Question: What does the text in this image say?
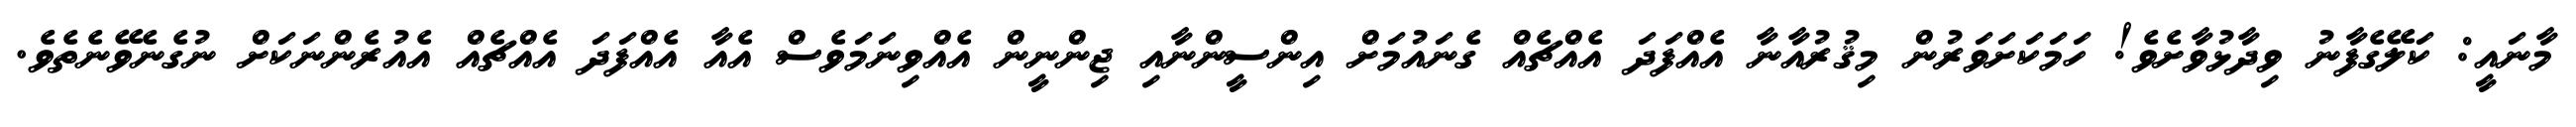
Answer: މާނައީ: ކަލޭގެފާނު ވިދާޅުވާށެވެ! ހަމަކަށަވަރުން މިޤުރުއާނާ އެއްފަދަ އެއްޗެއް ގެނައުމަށް އިންސީންނާއި ޖިންނީން އެއްވިނަމަވެސް އެއާ އެއްފަދަ އެއްޗެއް އެއުރެންނަކަށް ނުގެނެވޭނެތެވެ.